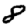
Digit: 8